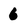
Character: 6